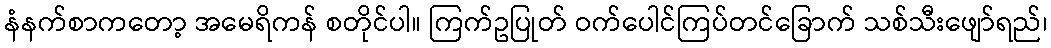
နံနက်စာကတော့ အမေရိကန် စတိုင်ပါ။ ကြက်ဥပြုတ် ဝက်ပေါင်ကြပ်တင်ခြောက် သစ်သီးဖျော်ရည်၊